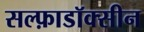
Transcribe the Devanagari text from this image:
सल्फ़ाडॉक्सीन